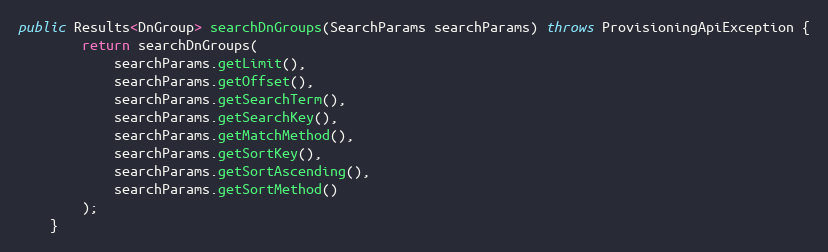
Language: Java
public Results<DnGroup> searchDnGroups(SearchParams searchParams) throws ProvisioningApiException {
		return searchDnGroups(
			searchParams.getLimit(),
			searchParams.getOffset(),
			searchParams.getSearchTerm(),
			searchParams.getSearchKey(),
			searchParams.getMatchMethod(),
			searchParams.getSortKey(),
			searchParams.getSortAscending(),
			searchParams.getSortMethod()
		);
	}